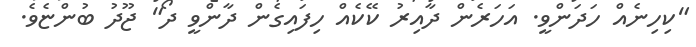
"ކިހިނެއް ހަދަންވީ. އަހަރެން ދާއިރު ކޭކެއް ހިފައިގެން ދާންވީ ދޯ" ޖޫދު ބުންޏެވެ.